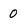
Character: 0